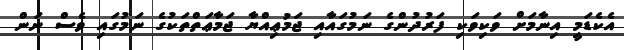
އެކެޑަމީ އިނާމަށް ވަކިވަކި ފަރުދުންގެ ނަމުގައާއި ޖަމުޢިއްޔާ ޖަމާޢަތްތަކުގެ ނަމުގައި ވެސް ނަން